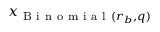
x _ { \mathrm { ~ B ~ i ~ n ~ o ~ m ~ i ~ a ~ l ~ } ( r _ { b } , q ) }